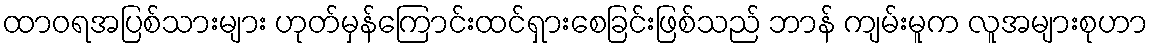
ထာဝရအပြစ်သားများ ဟုတ်မှန်ကြောင်းထင်ရှားစေခြင်းဖြစ်သည် ဘာန် ကျမ်းမူက လူအများစုဟာ